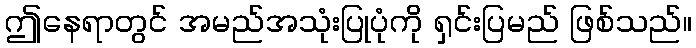
ဤနေရာတွင် အမည်အသုံးပြုပုံကို ရှင်းပြမည် ဖြစ်သည်။